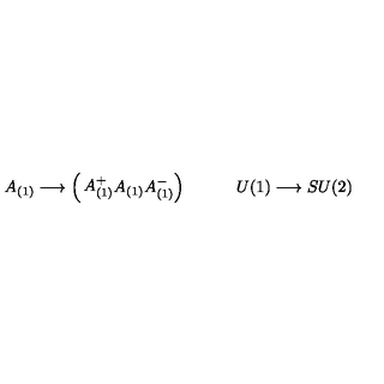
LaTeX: A _ { ( 1 ) } \longrightarrow \left( \begin{matrix} { A _ { ( 1 ) } ^ { + } } \\ { A _ { ( 1 ) } } \\ { A _ { ( 1 ) } ^ { - } } \\ \end{matrix} \right) \qquad \quad U ( 1 ) \longrightarrow S U ( 2 )